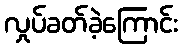
လှုပ်ခတ်ခဲ့ကြောင်း